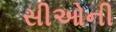
સીઓની